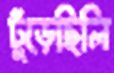
ঢুঁড়েছিলি